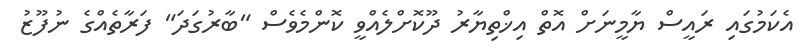
އެކަމުގައި ރައީސް ޔާމީނަށް އޮތް އިޚްތިޔާރު ދޫކޮށްލެއްވީ ކޮންމެވެސް "ބާރުގަދަ" ފަރާތެއްގެ ނުފޫޒު